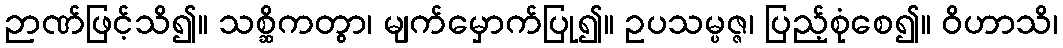
ဉာဏ်ဖြင့်သိ၍။ သစ္ဆိကတွာ၊ မျက်မှောက်ပြု၍။ ဥပသမ္ပဇ္ဇ၊ ပြည့်စုံစေ၍။ ဝိဟာသိ၊